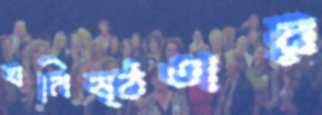
ঘনিষ্ঠতার